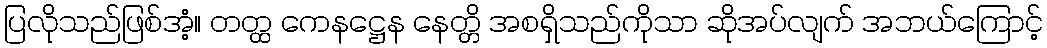
ပြလိုသည်ဖြစ်အံ့။ တတ္ထ ကေနဋ္ဌေန နေတ္တိ အစရှိသည်ကိုသာ ဆိုအပ်လျက် အဘယ်ကြောင့်